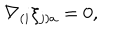
\nabla _ { ( i } \xi _ { j ) a } = 0 ,